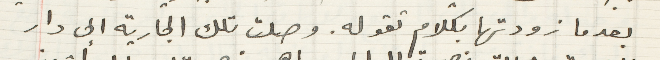
بعدما زودتها بكلام تقول. وصلت تلك الجارية الى دار